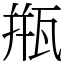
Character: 甁